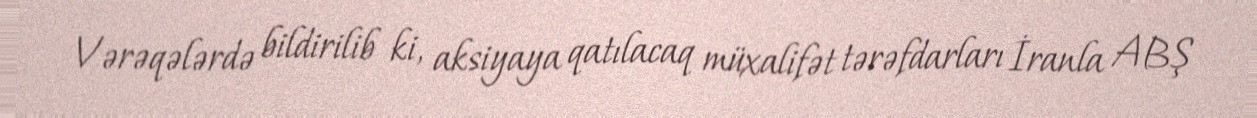
Vərəqələrdə bildirilib ki, aksiyaya qatılacaq müxalifət tərəfdarları İranla ABŞ